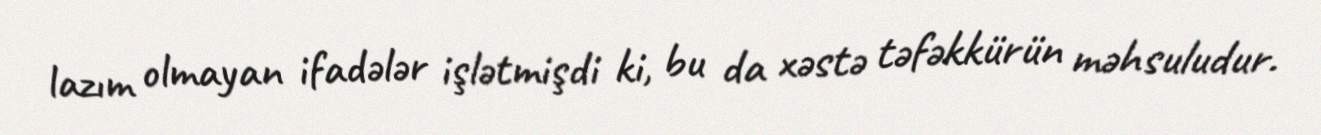
lazım olmayan ifadələr işlətmişdi ki, bu da xəstə təfəkkürün məhsuludur.